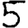
Digit: 5